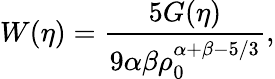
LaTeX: W(\eta)=\frac{5G(\eta)}{9\alpha\beta\rho_{0}^{\alpha+\beta-5/3}},